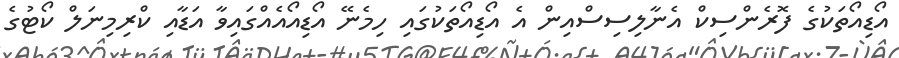
އޯޑިއޯތަކުގެ ފޮރެންސިކް އެނާލިސިސްއިން އެ އޯޑިއޯތަކުގައި ހިމެނޭ އޯޑިއޯއެއްގައިވާ އަޑާއި ކްރިމިނަލް ކޯޓުގެ